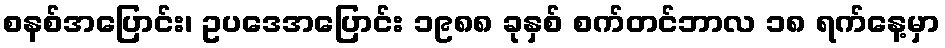
စနစ်အပြောင်း၊ ဥပဒေအပြောင်း ၁၉၈၈ ခုနှစ် စက်တင်ဘာလ ၁၈ ရက်နေ့မှာ